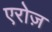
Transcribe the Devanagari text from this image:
एरोज़